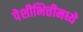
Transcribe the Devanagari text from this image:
पेशीभित्तीमध्ये